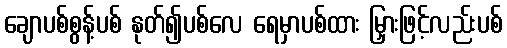
ချောပစ်စွန့်ပစ် နုတ်၍ပစ်လေ ရေမှာပစ်ထား မြှားဖြင့်လည်းပစ်